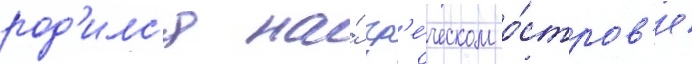
род'илс'я на́ гр'е́ческом о́стров'е